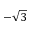
- \sqrt { 3 }